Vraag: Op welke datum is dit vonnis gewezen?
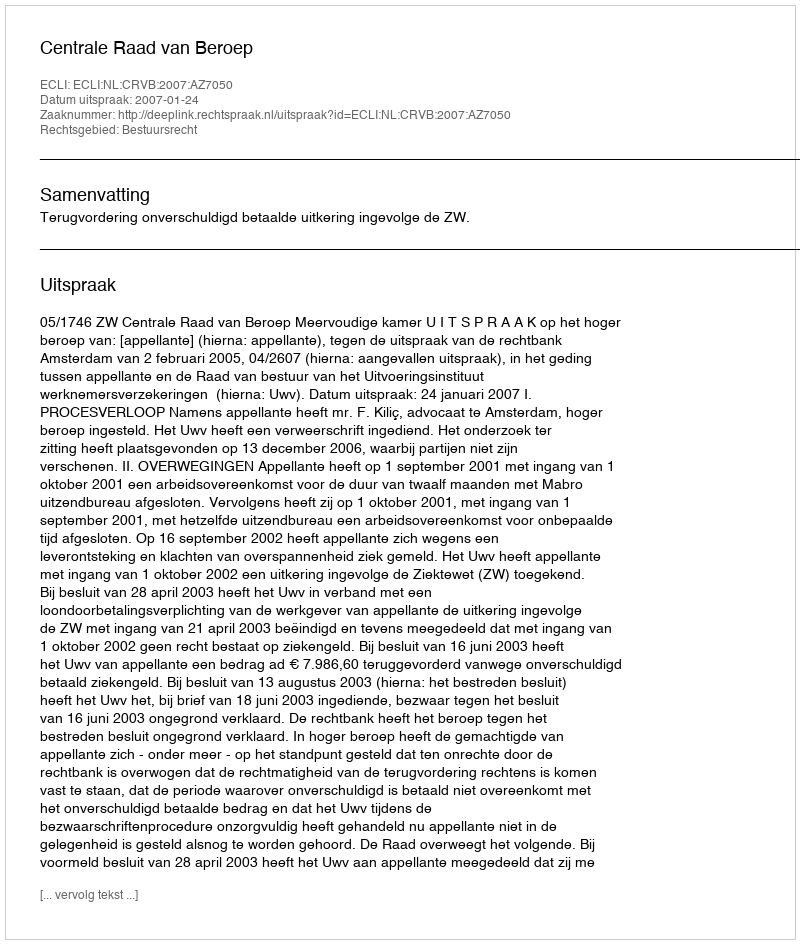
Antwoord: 2007-01-24